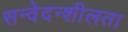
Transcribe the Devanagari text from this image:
सन्वेदन्शीलता